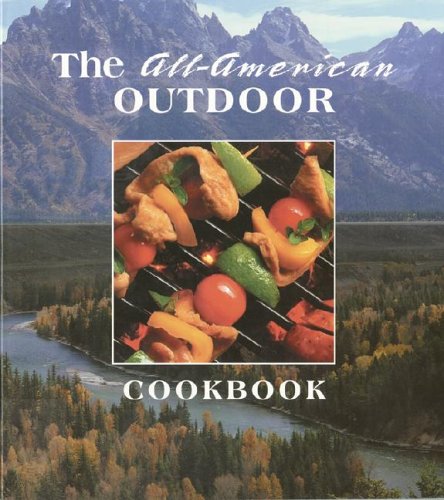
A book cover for All-American Outdoor Coobook; FRP Publishing; Cookbooks, Food & Wine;